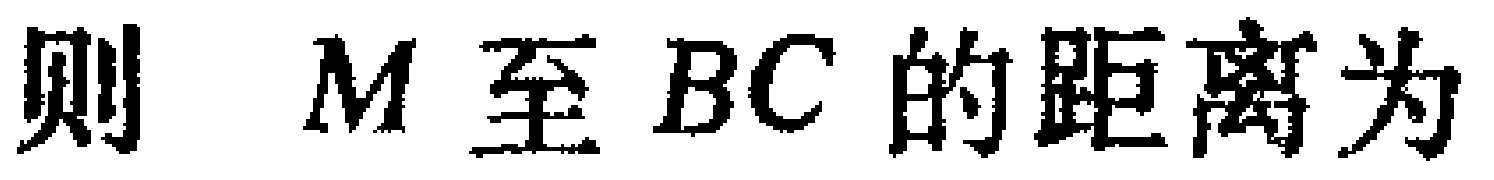
则 \(M\) 至 \(BC\) 的距离为